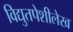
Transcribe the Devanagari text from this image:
विद्युतपेशीलेख